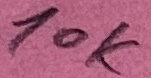
Text: 10k